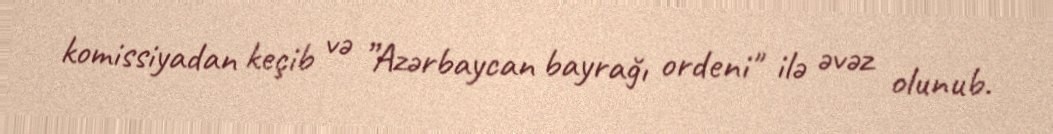
komissiyadan keçib və ”Azərbaycan bayrağı ordeni" ilə əvəz olunub.